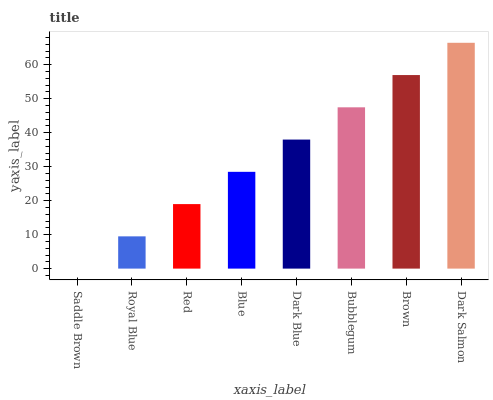
| xaxis_label | bars |
 | --- | --- |
 | Saddle Brown | 0 |
 | Royal Blue | 9.5 |
 | Red | 19 |
 | Blue | 28.5 |
 | Dark Blue | 38 |
 | Bubblegum | 47.5 |
 | Brown | 57 |
 | Dark Salmon | 66.5 |